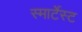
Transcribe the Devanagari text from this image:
स्मार्टेस्ट